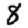
Digit: 8